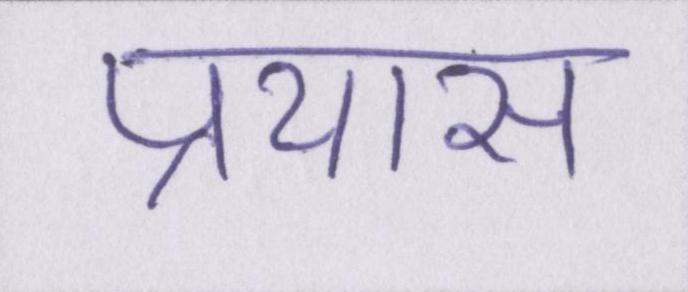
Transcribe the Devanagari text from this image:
प्रयास